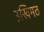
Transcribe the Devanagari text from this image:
उखिमठ